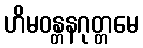
ဟိမဝန္တနဂုတ္တမေ